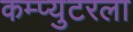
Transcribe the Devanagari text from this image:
कम्प्युटरला